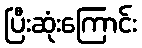
ပြီးဆုံးကြောင်း